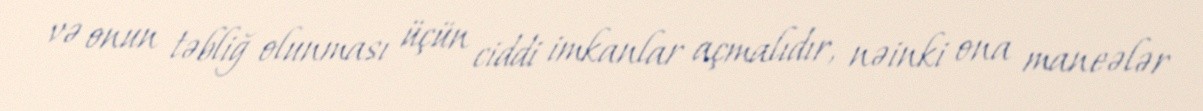
və onun təbliğ olunması üçün ciddi imkanlar açmalıdır, nəinki ona maneələr